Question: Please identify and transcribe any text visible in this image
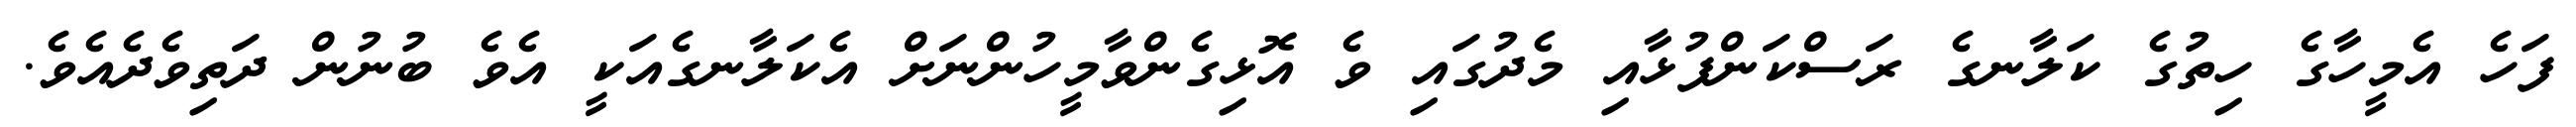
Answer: ފަހެ އެމީހާގެ ހިތުގެ ކަލާނގެ ރަސްކަންފުޅާއި މެދުގައި ވެ އޮޅިގެންވާމީހުންނަށް އެކަލާނގެއަކީ އެވެ ބުނުން ދަތިވެދެއެވެ.